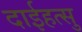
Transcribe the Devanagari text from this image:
दाईहत्सु